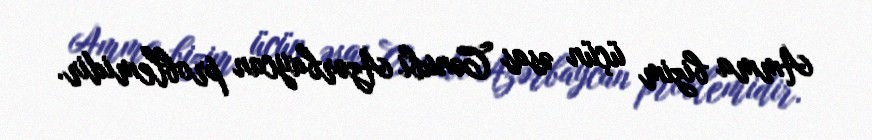
Amma bizim üçün əsas Cənubi Azərbaycan problemidir.